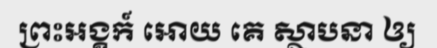
ព្រះអង្គក៍ អោយ គេ ស្ថាបនា ឲ្យ